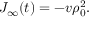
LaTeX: J _ { \infty } ( t ) = - v \rho _ { 0 } ^ { 2 } .